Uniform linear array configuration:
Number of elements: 48
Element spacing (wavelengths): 0.5
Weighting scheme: hamming
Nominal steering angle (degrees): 45
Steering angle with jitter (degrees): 46.903
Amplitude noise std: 0.05
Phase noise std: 0.05

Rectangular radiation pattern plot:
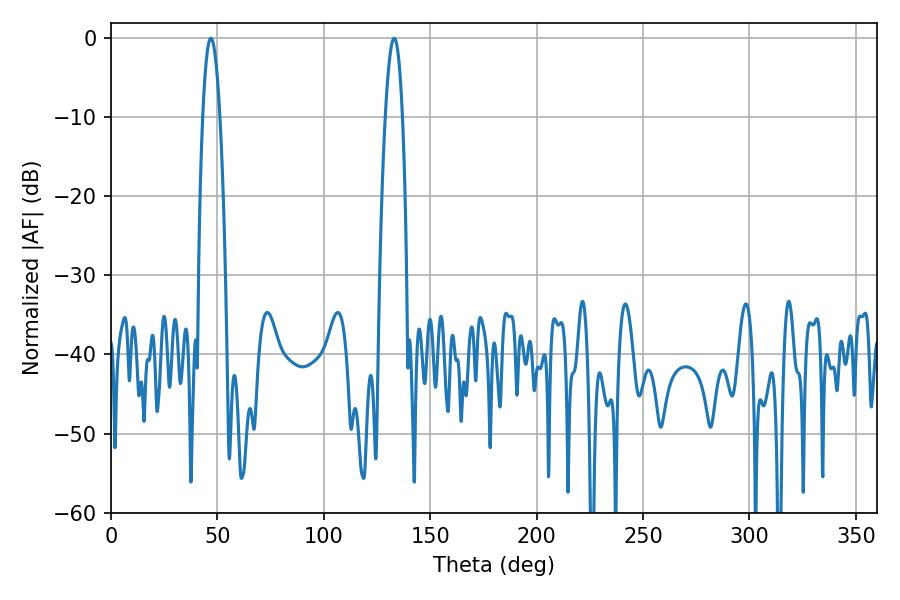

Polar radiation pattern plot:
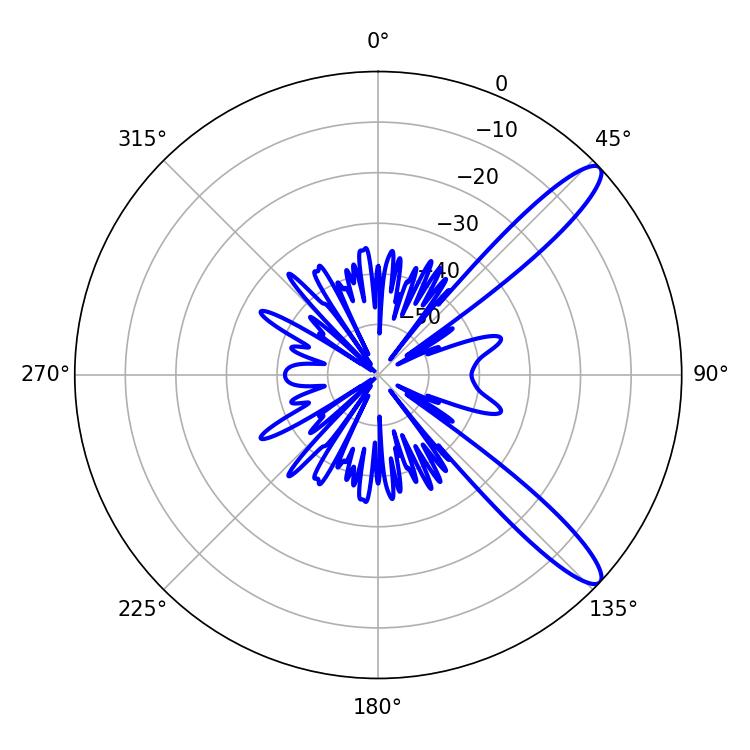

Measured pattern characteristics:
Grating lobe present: FALSE
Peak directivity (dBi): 12.115
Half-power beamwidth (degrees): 4.32
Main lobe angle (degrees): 46.98